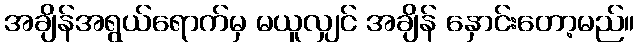
အချိန်အရွယ်ရောက်မှ မယူလျှင် အချိန် နှောင်းတော့မည်။